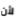
لأن